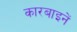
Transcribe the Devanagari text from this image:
कारबाइनें